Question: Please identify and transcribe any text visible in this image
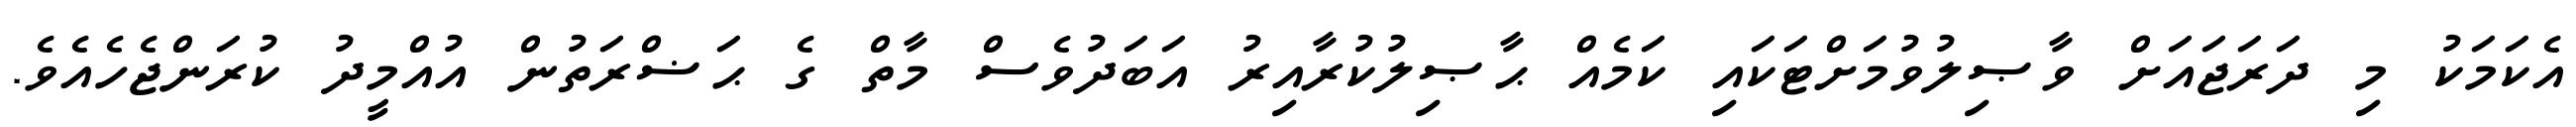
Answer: އެކަމަކު މި ދަރަޖައަށް ވާޞިލުވުމަށްޓަކައި ކަމެއް ޙާޞިލުކުރާއިރު އަބަދުވެސް މާތް ގެ ޙަޟްރަތުން އުއްމީދު ކުރަންޖެހެއެވެ.